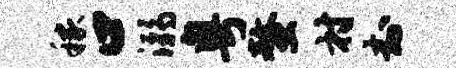
稼口溺粤螯村封